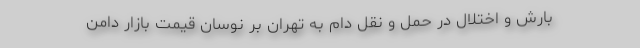
بارش و اختلال در حمل و نقل دام به تهران بر نوسان قیمت بازار دامن